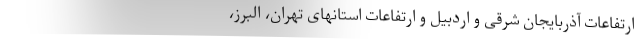
ارتفاعات آذربایجان شرقی و اردبیل و ارتفاعات استانهای تهران، البرز،